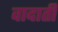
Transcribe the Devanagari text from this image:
वादाती